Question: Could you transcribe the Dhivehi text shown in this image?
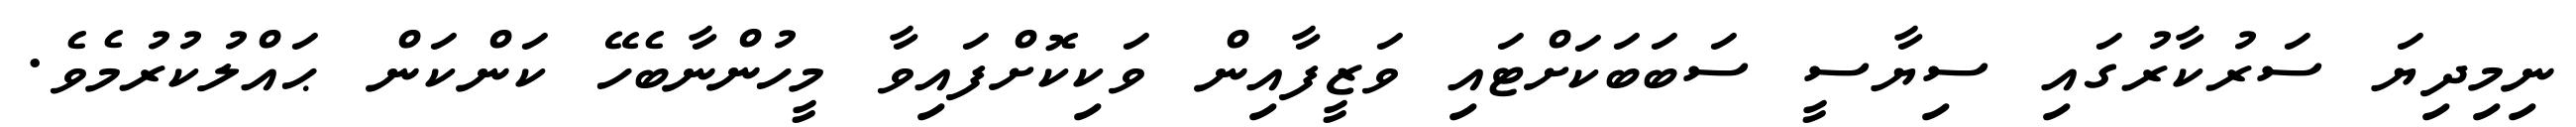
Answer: ނިމިދިޔަ ސަރުކާރުގައި ސިޔާސީ ސަބަބަކަށްޓައި ވަޒީފާއިން ވަކިކޮށްފައިވާ މީހުންނާބެހޭ ކަންކަން ޙައްލުކުރުމެވެ.